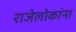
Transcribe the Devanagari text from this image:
राजेलोकांना